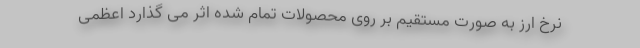
نرخ ارز به صورت مستقیم بر روی محصولات تمام شده اثر می گذارد اعظمی